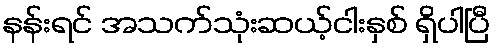
နန်းရင် အသက်သုံးဆယ့်ငါးနှစ် ရှိပါပြီ